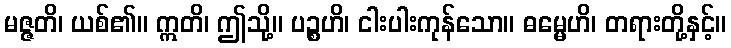
မဇ္ဇတိ၊ ယစ်၏။ ဣတိ၊ ဤသို့။ ပဉ္စဟိ၊ ငါးပါးကုန်သော။ ဓမ္မေဟိ၊ တရားတို့နှင့်။